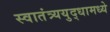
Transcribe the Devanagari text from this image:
स्वातंत्र्ययुद्धामध्ये